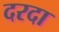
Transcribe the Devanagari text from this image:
दरदा